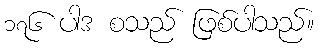
၁၇၆ ပါဒ စသည် ဖြစ်ပါသည်။